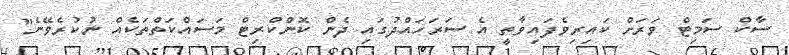
ސާކް ސަމިޓް ވަރަށް ކައިރިވެފައިވާތީ އެ ސަރަހައްދުގައި ދެން ކޮންކްރިޓް މަސައްކަތްތަކެއް ނުކުރެވޭނެ"